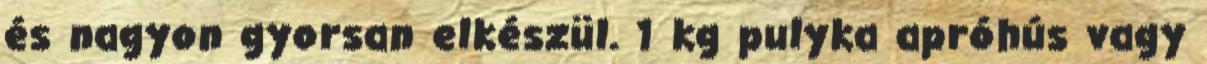
és nagyon gyorsan elkészül. 1 kg pulyka apróhús vagy